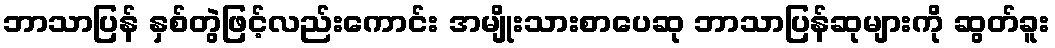
ဘာသာပြန် နှစ်တွဲဖြင့်လည်းကောင်း အမျိုးသားစာပေဆု ဘာသာပြန်ဆုများကို ဆွတ်ခူး